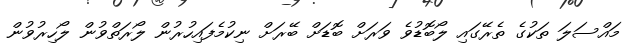
މައްސަލަ ތަކުގެ ތެރޭގައި ލޯބޮޑުވެ ވަރަށް ބޮޑަށް ބޭރަށް ނިކުމެފައިހުރުން ލޯރަތްވުން ލޯހިރުވުން